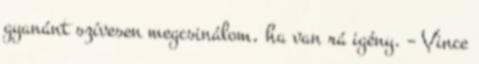
gyanánt szívesen megcsinálom, ha van rá igény. – Vince